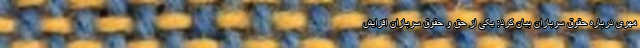
مهری درباره حقوق سربازان بیان کرد: یکی از حق و حقوق سربازان افزایش